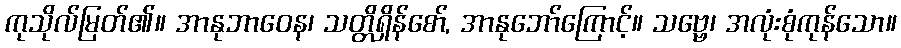
ကုသိုလ်မြတ်၏။ အာနုဘာဝေန၊ သတ္တိရှိန်စော်, အာနုဘော်ကြောင့်။ သဗ္ဗေ၊ အလုံးစုံကုန်သော။